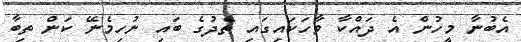
އެބުނާ މީހުން އެ ދައްކާ ވާހަކައިގައި ތެދުގެ ބައި ނުހިމެނޭ ކަން ތިބާ